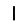
Digit: 1